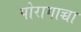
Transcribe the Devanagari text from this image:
पोरागाच्चा